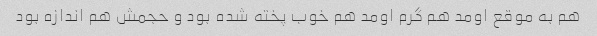
هم به موقع اومد هم گرم اومد هم خوب پخته شده بود و حجمش هم اندازه بود